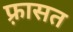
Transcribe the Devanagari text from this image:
फ़्रासत